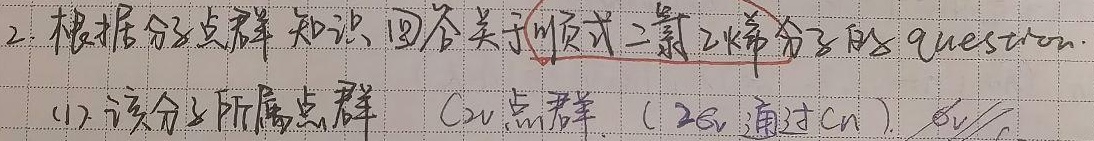
2. 根据分子点群知识回答关于顺式二氯乙烯分子的question.
(1) 该分子所属点群：\(C_{2v}\) 点群（\(2\sigma_{v}\) 通过 \(C_{n}\)）.  √